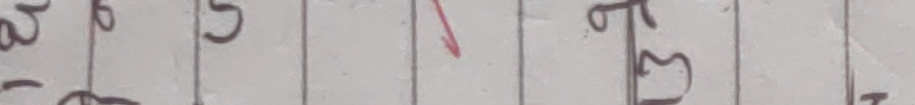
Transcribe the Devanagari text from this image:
५ ३ त